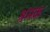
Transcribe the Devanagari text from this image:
श्रमक